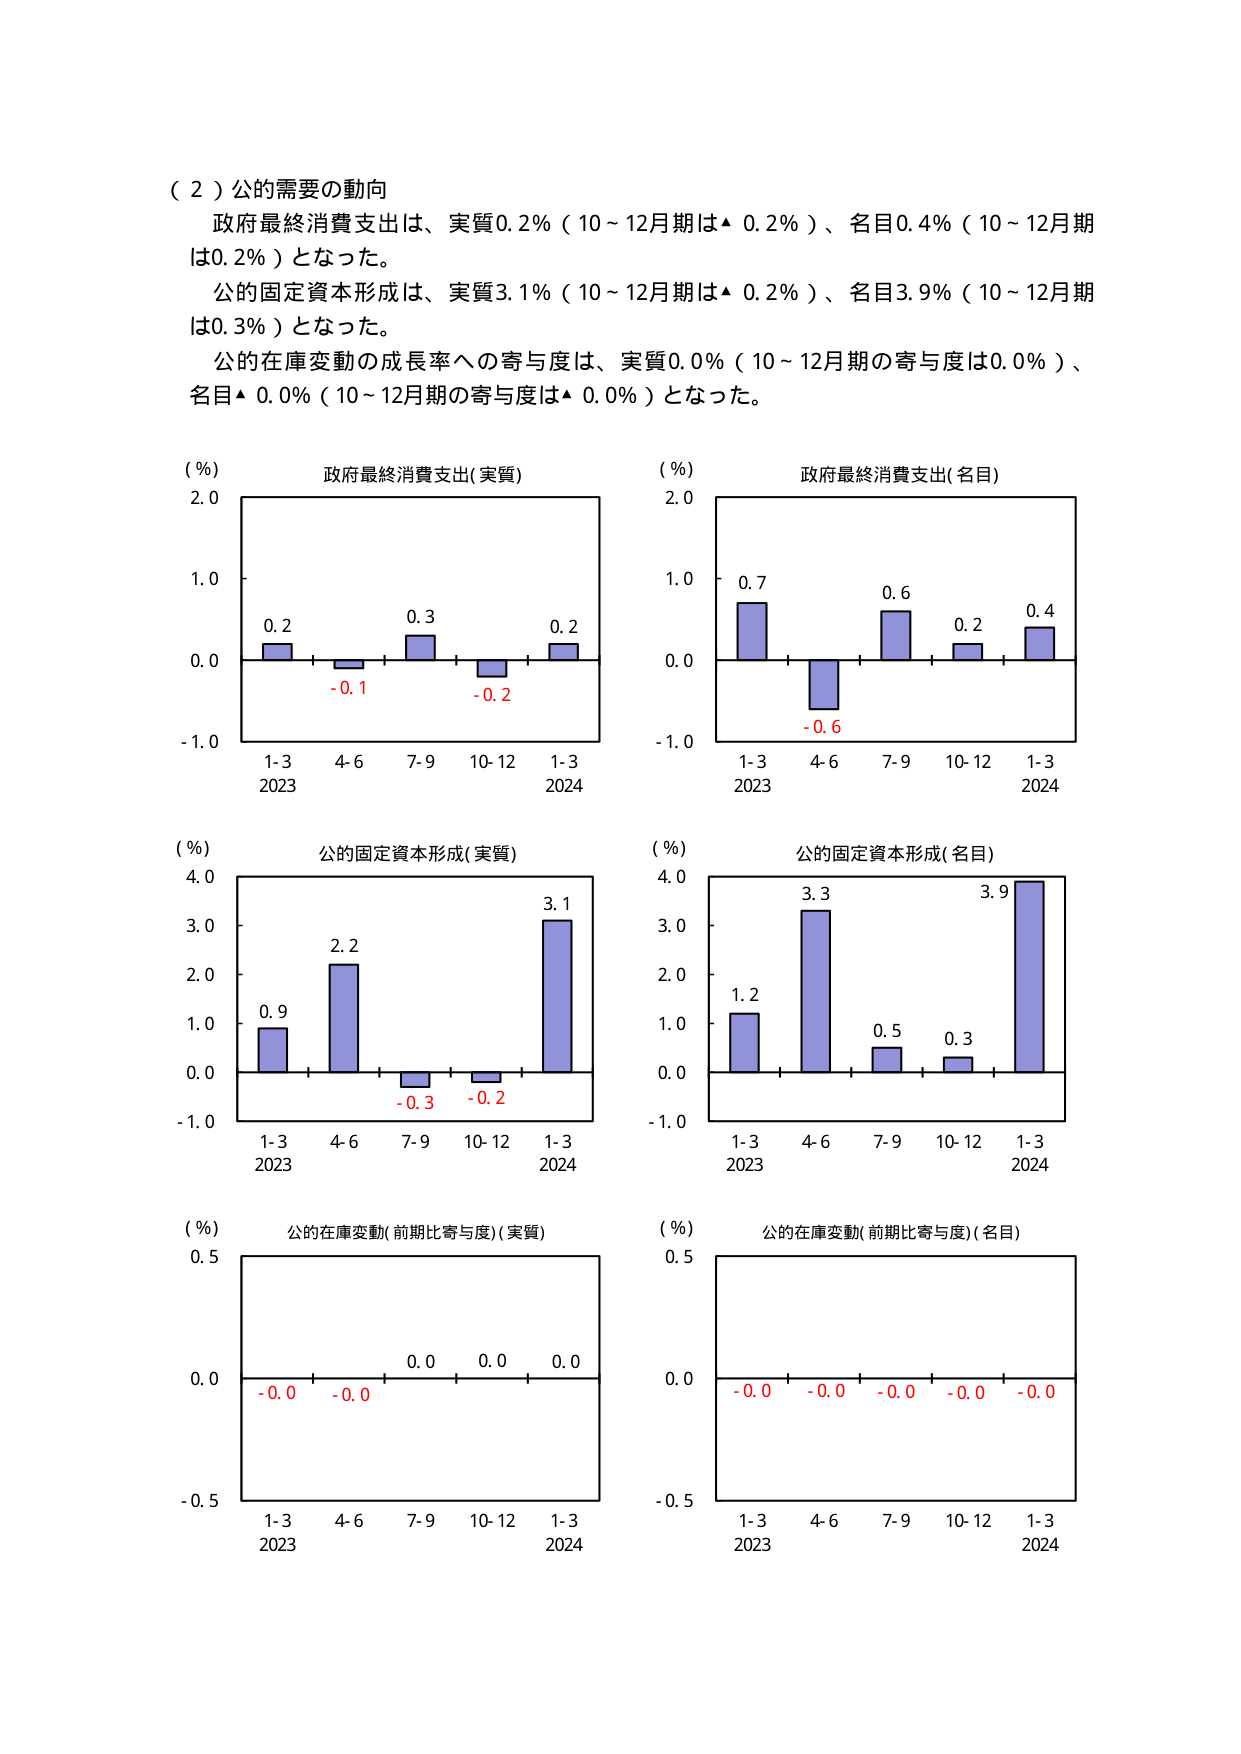
（２）公的需要の動向
政府最終消費支出は、実質0.2％（10～12月期は▲ 0.2％）、名目0.4％（10～12月期は0.2％）となった。
公的固定資本形成は、実質3.1％（10～12月期は▲ 0.2％）、名目3.9％（10～12月期は0.3％）となった。
公的在庫変動の成長率への寄与度は、実質0.0％（10～12月期の寄与度は0.0％）、名目▲ 0.0％（10～12月期の寄与度は▲ 0.0％）となった。

（％）
政府最終消費支出（実質）
2.0
1.0
0.0
-1.0
0.2
-0.1
0.3
-0.2
0.2
1-3
4-6
7-9
10-12
1-3
2023
2024

（％）
政府最終消費支出（名目）
2.0
1.0
0.0
-1.0
0.7
-0.6
0.6
0.2
0.4
1-3
4-6
7-9
10-12
1-3
2023
2024

（％）
公的固定資本形成（実質）
4.0
3.0
2.0
1.0
0.0
-1.0
0.9
2.2
-0.3
-0.2
3.1
1-3
4-6
7-9
10-12
1-3
2023
2024

（％）
公的固定資本形成（名目）
4.0
3.0
2.0
1.0
0.0
-1.0
1.2
3.3
0.5
0.3
3.9
1-3
4-6
7-9
10-12
1-3
2023
2024

（％）
公的在庫変動（前期比寄与度）（実質）
0.5
0.0
-0.5
-0.0
-0.0
0.0
0.0
0.0
1-3
4-6
7-9
10-12
1-3
2023
2024

（％）
公的在庫変動（前期比寄与度）（名目）
0.5
0.0
-0.5
-0.0
-0.0
-0.0
-0.0
-0.0
1-3
4-6
7-9
10-12
1-3
2023
2024